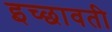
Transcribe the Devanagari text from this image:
इच्छावती